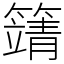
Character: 𥴰